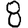
Digit: 8